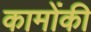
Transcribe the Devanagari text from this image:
कामोंकी